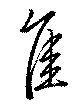
隹